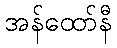
အန်ထော်နီ